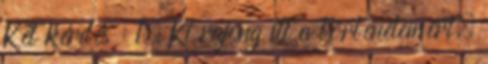
Két kérdés : 1. Ki rajong itt a történelemért,